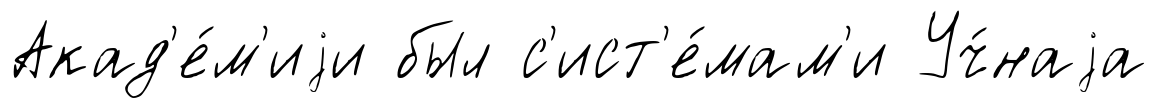
Акад'е́м'иjи был с'ист'е́мам'и Уч́наjа